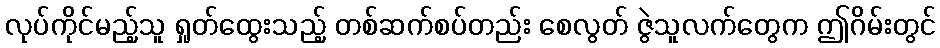
လုပ်ကိုင်မည့်သူ ရှုတ်ထွေးသည့် တစ်ဆက်စပ်တည်း စေလွတ် ဇွဲသူလက်တွေက ဤဂိမ်းတွင်